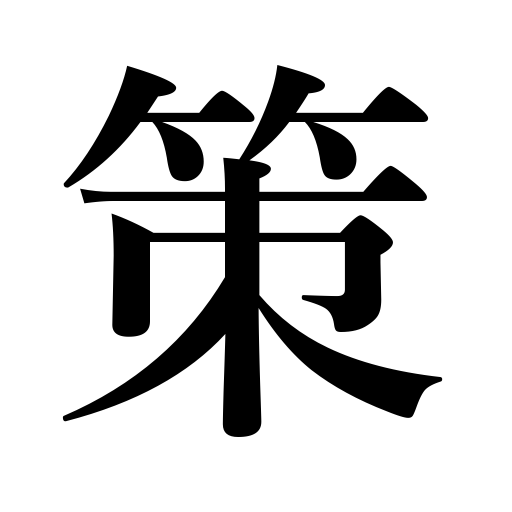
Meanings: step,scheme,means,plan,whip,policy